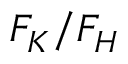
F _ { K } / F _ { H }